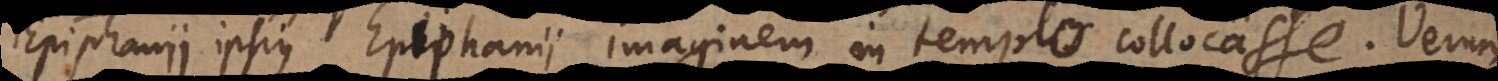
Epiphanii ipsius Epiphanii imaginem in templo collocasse. Verum